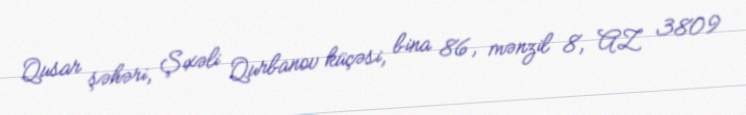
Qusar şəhəri, Şıxəli Qurbanov küçəsi, bina 86, mənzil 8, AZ 3809